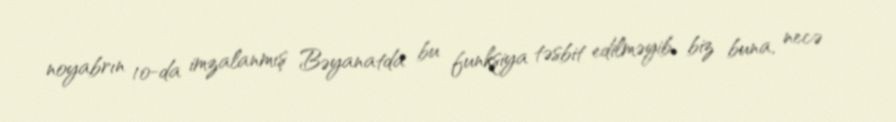
noyabrın 10-da imzalanmış Bəyanatda bu funksiya təsbit edilməyib, biz buna, necə